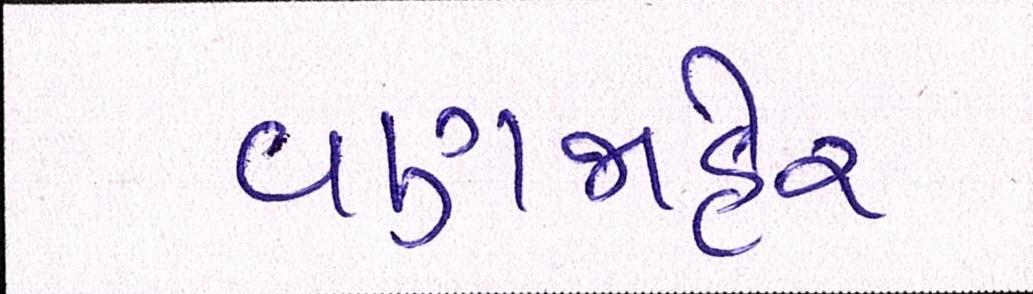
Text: વણજાહેર